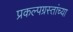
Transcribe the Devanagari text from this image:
प्रकल्पग्रस्तांच्या